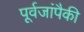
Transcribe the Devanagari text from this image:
पूर्वजांपैकी